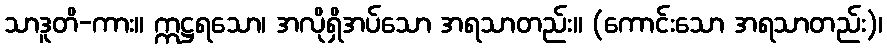
သာဒူတိ-ကား။ ဣဋ္ဌရသော၊ အလိုရှိအပ်သော အရသာတည်း။ (ကောင်းသော အရသာတည်း)၊